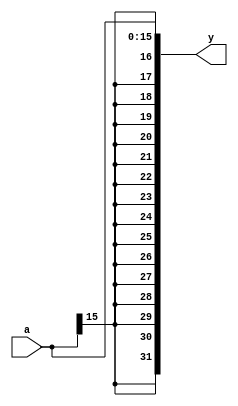
// This program was cloned from: https://github.com/the-pinbo/MIPS-5-Stage-Pipeline-Project
// License: MIT License

module M_SEXT_16(input [15:0] a, output [31:0] y);
    assign y = {{16{a[15]}}, a};
endmodule